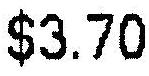
$3.70